Report of the Municipal Commissioner on the plague in Bombay for the year ending 31st May... - Volume 2
Disease focus: Plague
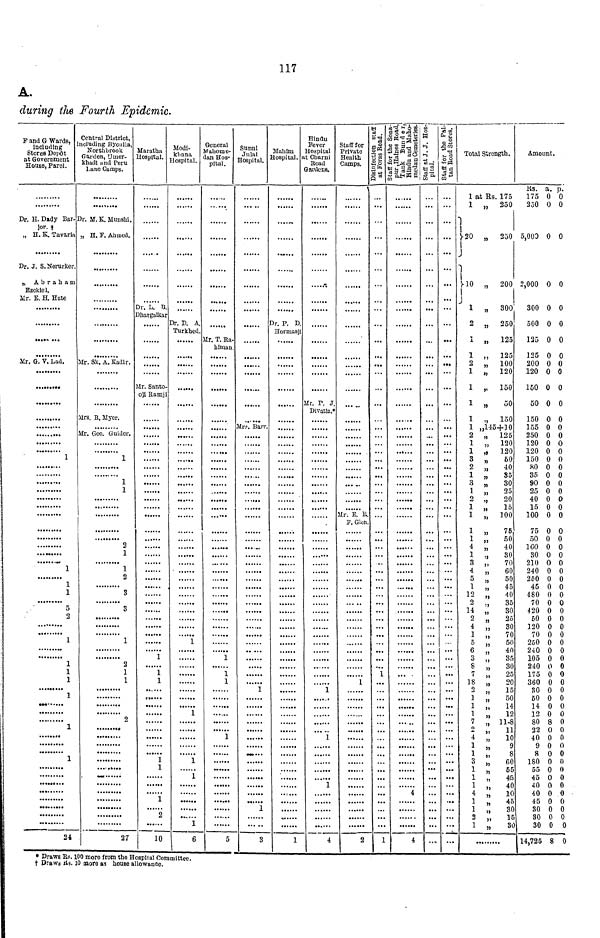
117
A,
during the Fourth Epidemic.
F and G Wards,
including
Stores Depôt
at Government
House, Parel.
Dr. H. Dady Bar-I
jor. t
„ H. K. Tavaria
Dr. J. S.Nerurker.
„ Abraham
Ezekiel.
Mr. E. H. Hate
Mr. G. V. Lad.
1
1
1
1
o
2
1
1
1
1
1
• M-
1
1
24
Central District,
including Byculla,
Northbrook
Garden, Umer-
khadi and Peru
Lane Camps.
Dr. M.K. Munshi.
„ H. F. Ahmed.
Mr. Sk. A. Kadir.
Mrs. B. Myer.
Mr. Geo. Guider.
1
1
1
2
1
1
2
3
3
1
2
1
1
2
,
27
Maratha
Hospital.
Dr. L. B.
Dhargalkar
Mr. Santo-
oji Ramji
1
1
1
......
1
1
1
2
10
Modi-
khana
Hospital.
Dr. D. A.
Turkhed.
1
1
1
1
1
6
General
Mahome-
dan Hos-
pital.
Mr. T. Ra-
himan.
1
1
1
1
5
Sunni
Julai
Hospital.
Mrs. Barr.
1
1
3
Mahim
Hospital.
•. F. D.
Hormasji
1
Hindu
Fever
Hospital
t Charni
Road
Etaiucna.
......
Mr. P. J.
Divatia.*
1
1
1
4
e
Staff for
Private .
Health
Camps. <
'
Mr. E. R.
P. Glen.
1
2
1 ... .
4
4
o
..
...
...
...
Staff for the F
tan Road Stor
...
...
...
• ••
...
...
»
Total Strength.
Amount.
Rs. a. p.
1 at Rs. 175
175 0 0
1 „ 250
20
„ 250
250 0 0
5,000 0 0
10
„
200 2,000 0 0
1 „ 300
2 „ 250
1 „ 125
1 „ 125
2 „ 100
1 „ 120
1 „ 150
1 „
50
1 „ 150
1 „145410
2 „
125
1
120
1
120
3
60
2
40
1
85
3
30
1
25
2
20
1
15
1
100
1 „
75
1 „
50
4 „
40
1 .,
30
3 „
70
4 „
60
5 „
50
1 „
45
12 „
40
2 „
35
14 „
30
2 „
25
4 „
30
1 „
70
5 „
50
6 „
40
3 „ 35
8 „
30
7 „
25
18 „
20
2 „
15
1 „
50
1 „
14
1 „
12
7 „ 11-8
2 „
11
4
"
10
1 „
9
1 „
8
3 „
60
1 „ 55
1 „ 45
1 „
40
4 „
10
1 " 45
1 „ 30
2 „ 11
1 „ 30
300 0 0
500 0 0
125 0 0
125 0 0
200 0 0
120 0 0
150 0 0
50 0 0
150 0 0
155 0 0
250 0 0
120 0 0
120 0 0
150 0 0
80 0 0
35 0 0
90 0 0
25 0 0
40 0 0
15 0 0
100 0 0
75 0 0
50 0 0
160 0 0
30 0 0
210 0 0
240 0 0
250 0 0
45 0 0
480 0 0
70 0 0
420 0 0
50 0 0
120 0 0
70 0 0
250 0 0
240 0 0
105 0 0
240 0 0
175 0 0
360 0 0
30 0 0
50 0 0
14 0 0
12 0 0
80 8 0
22 0 0
40 0 0
9 0 0
8 0 0
180 0 0
55 0 0
45 0 0
40 0 0
40 0 0
45 0 0
30 0 0
80 0 0
30 0 0
14,725 8 0
* Draws Rs. 100 more from the Hospital Committee,
t Draws Rs. 10 more as house allowance.